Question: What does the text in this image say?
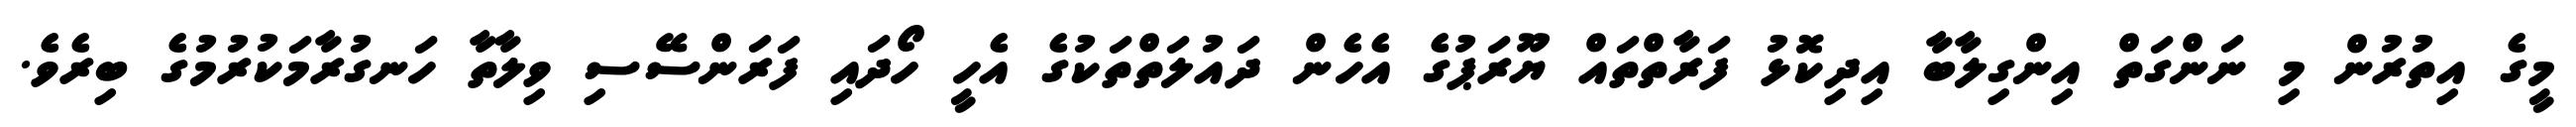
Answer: މީގެ އިތުރުން މި ނަންގަތް އިންގިލާބާ އިދިކޮޅު ފަރާތްތައް ޔޫރަޕުގެ އެހެން ދައުލަތްތަކުގެ އެހީ ހޯދައި ފަރަންސޭސި ވިލާތާ ހަނގުރާމަކުރުމުގެ ބިރެވެ.